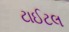
ટાઈટલ